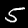
Label: 5